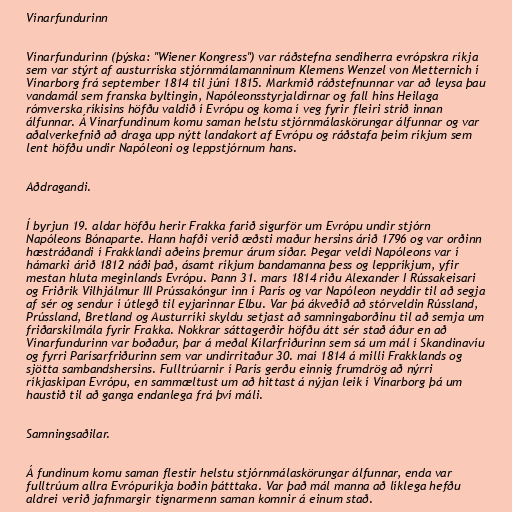
Vínarfundurinn

Vínarfundurinn (þýska: "Wiener Kongress") var ráðstefna sendiherra evrópskra ríkja
sem var stýrt af austurríska stjórnmálamanninum Klemens Wenzel von Metternich í
Vínarborg frá september 1814 til júní 1815. Markmið ráðstefnunnar var að leysa þau
vandamál sem franska byltingin, Napóleonsstyrjaldirnar og fall hins Heilaga
rómverska ríkisins höfðu valdið í Evrópu og koma í veg fyrir fleiri stríð innan
álfunnar. Á Vínarfundinum komu saman helstu stjórnmálaskörungar álfunnar og var
aðalverkefnið að draga upp nýtt landakort af Evrópu og ráðstafa þeim ríkjum sem
lent höfðu undir Napóleoni og leppstjórnum hans.

Aðdragandi.

Í byrjun 19. aldar höfðu herir Frakka farið sigurför um Evrópu undir stjórn
Napóleons Bónaparte. Hann hafði verið æðsti maður hersins árið 1796 og var orðinn
hæstráðandi í Frakklandi aðeins þremur árum síðar. Þegar veldi Napóleons var í
hámarki árið 1812 náði það, ásamt ríkjum bandamanna þess og leppríkjum, yfir
mestan hluta meginlands Evrópu. Þann 31. mars 1814 riðu Alexander I Rússakeisari
og Friðrik Vilhjálmur III Prússakóngur inn í París og var Napóleon neyddir til að segja
af sér og sendur í útlegð til eyjarinnar Elbu. Var þá ákveðið að stórveldin Rússland,
Prússland, Bretland og Austurríki skyldu setjast að samningaborðinu til að semja um
friðarskilmála fyrir Frakka. Nokkrar sáttagerðir höfðu átt sér stað áður en að
Vínarfundurinn var boðaður, þar á meðal Kílarfriðurinn sem sá um mál í Skandinavíu
og fyrri Parísarfriðurinn sem var undirritaður 30. maí 1814 á milli Frakklands og
sjötta sambandshersins. Fulltrúarnir í París gerðu einnig frumdrög að nýrri
ríkjaskipan Evrópu, en sammæltust um að hittast á nýjan leik í Vínarborg þá um
haustið til að ganga endanlega frá því máli.

Samningsaðilar.

Á fundinum komu saman flestir helstu stjórnmálaskörungar álfunnar, enda var
fulltrúum allra Evrópuríkja boðin þátttaka. Var það mál manna að líklega hefðu
aldrei verið jafnmargir tignarmenn saman komnir á einum stað.